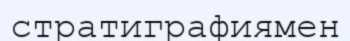
стратиграфиямен